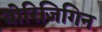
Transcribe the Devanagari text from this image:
बोरिजिगिन